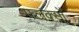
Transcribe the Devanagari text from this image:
फ्लक्सों